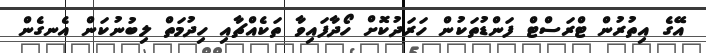
އޭގެ އިތުރުން ޓްރަސްޓް ފަންޑުތަކުން ހަރަދުކޮށް ހޯދާފައިވާ ތަކެއްޗާއި ހިދުމަތް ލިބުނުކަން އެނގެން